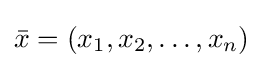
{\bar {x}}=(x_{1},x_{2},\ldots ,x_{n})